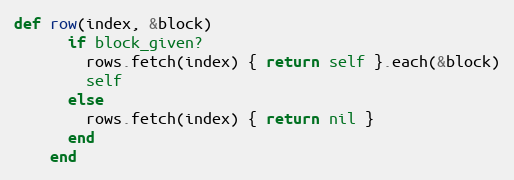
Language: Ruby
def row(index, &block)
      if block_given?
        rows.fetch(index) { return self }.each(&block)
        self
      else
        rows.fetch(index) { return nil }
      end
    end